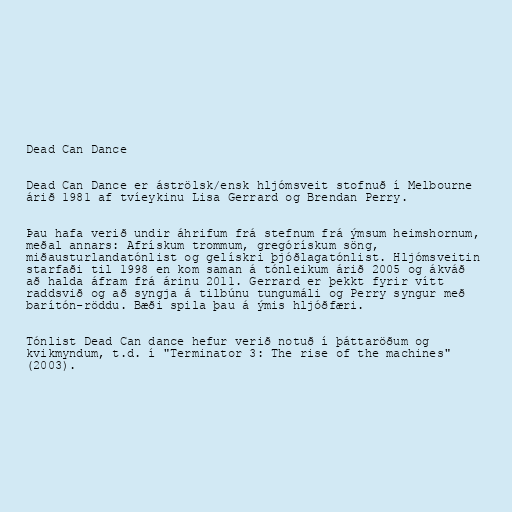
Dead Can Dance

Dead Can Dance er áströlsk/ensk hljómsveit stofnuð í Melbourne
árið 1981 af tvíeykinu Lisa Gerrard og Brendan Perry.

Þau hafa verið undir áhrifum frá stefnum frá ýmsum heimshornum,
meðal annars: Afrískum trommum, gregórískum söng,
miðausturlandatónlist og gelískri þjóðlagatónlist. Hljómsveitin
starfaði til 1998 en kom saman á tónleikum árið 2005 og ákváð
að halda áfram frá árinu 2011. Gerrard er þekkt fyrir vítt
raddsvið og að syngja á tilbúnu tungumáli og Perry syngur með
barítón-röddu. Bæði spila þau á ýmis hljóðfæri.

Tónlist Dead Can dance hefur verið notuð í þáttaröðum og
kvikmyndum, t.d. í "Terminator 3: The rise of the machines"
(2003).